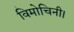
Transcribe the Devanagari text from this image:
विमोचिनी।